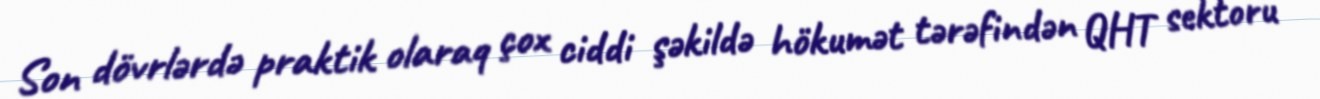
Son dövrlərdə praktik olaraq çox ciddi şəkildə hökumət tərəfindən QHT sektoru